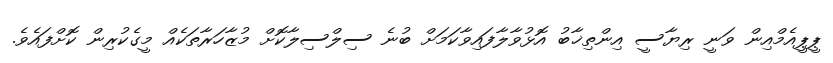
ޕީޕީއެމްއިން ވަނީ ރިޔާސީ އިންތިޚާބު އޮޅުވާލާފައިވާކަމަށް ބުނެ ސިލްސިލާކޮށް މުޒާހަރާތަކެއް މީގެކުރިން ކޮށްފައެވެ.